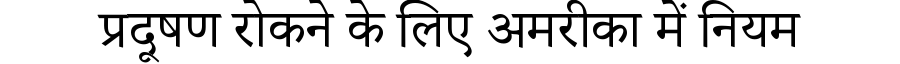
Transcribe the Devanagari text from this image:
प्रदूषण रोकने के लिए अमरीका में नियम